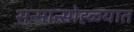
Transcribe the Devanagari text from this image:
सन्मान्सोह्ळ्यात